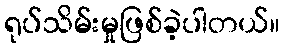
ရုပ်သိမ်းမှုဖြစ်ခဲ့ပါတယ်။